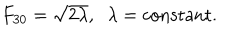
F _ { 3 0 } = \sqrt { 2 \lambda } , \; \; \lambda = \mathrm { c o n s t a n t } .